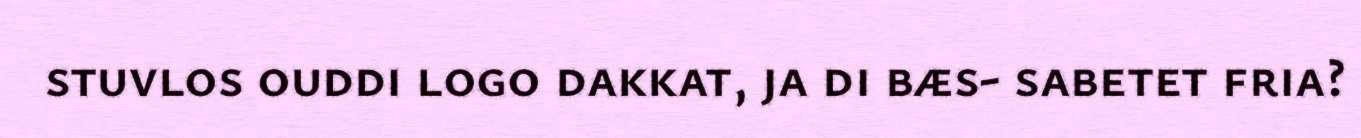
stuvlos ouddi logo dakkat, ja di bæs- sabetet fria?